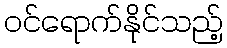
ဝင်ရောက်နိုင်သည့်